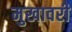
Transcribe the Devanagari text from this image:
मुखावरी